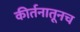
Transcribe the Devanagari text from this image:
कीर्तनातूनच